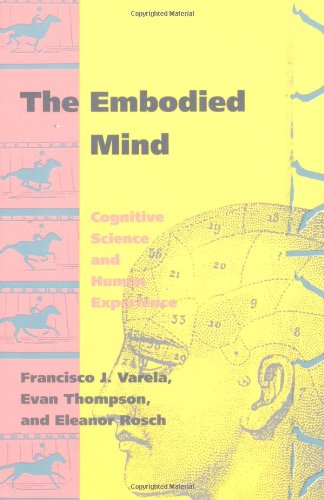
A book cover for The Embodied Mind: Cognitive Science and Human Experience; Francisco J. Varela; Science & Math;